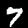
Label: 7